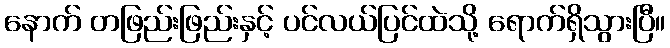
နောက် တဖြည်းဖြည်းနှင့် ပင်လယ်ပြင်ထဲသို့ ရောက်ရှိသွားပြီ။